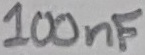
Text: 100nF